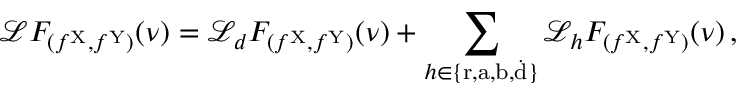
\mathcal { L } F _ { ( f ^ { \mathrm { X } } , f ^ { \mathrm { Y } } ) } ( \nu ) = \mathcal { L } _ { d } F _ { ( f ^ { \mathrm { X } } , f ^ { \mathrm { Y } } ) } ( \nu ) + \sum _ { h \in \{ \mathrm { r } , \mathrm { a } , \mathrm { b } , \dot { \mathrm { d } } \} } \mathcal { L } _ { h } F _ { ( f ^ { \mathrm { X } } , f ^ { \mathrm { Y } } ) } ( \nu ) \, ,